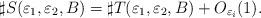
LaTeX: \begin{align*} \sharp S(\varepsilon_1,\varepsilon_2,B)=\sharp T(\varepsilon_1,\varepsilon_2,B)+O_{\varepsilon_i}(1). \end{align*}